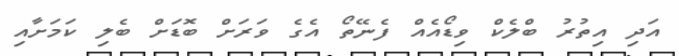
އަދި އިތުރު ބްލެކް ވިޑޯއެއް ފެނޭތޯ އެގެ ވަރަށް ބޮޑަށް ބެލި ކަމަށާއި